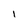
Character: I